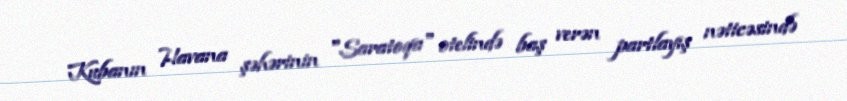
Kubanın Havana şəhərinin "Saratoqa" otelində baş verən partlayış nəticəsində